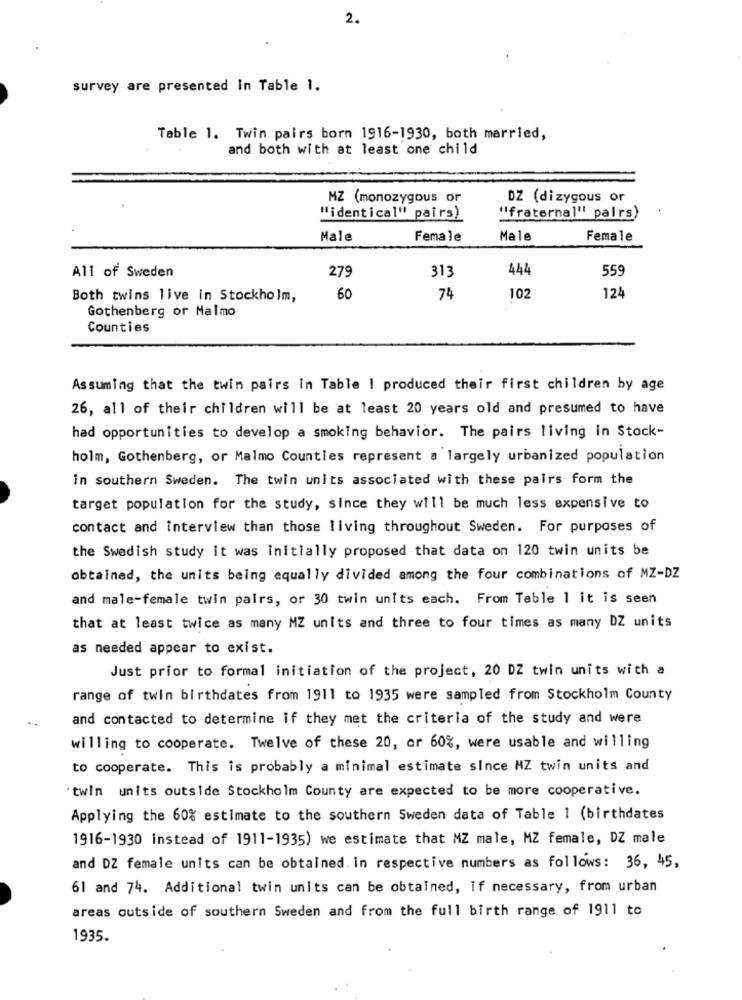
2.
survey are presented In Table 1.
Table 1. Twin pairs born 1916-1930, both married,
and both with at least one child
MZ (monozygous or
DZ (dizygous or
"identical" pairs)
"fraternal" pairs)
Male
Female
Male
Female
All of Sweden
279
313
444
559
124
Both twins live in Stockholm,
60
74
102
Gothenberg or Malmo
Counties
Assuming that the twin pairs in Table | produced their first children by age
26, all of their children will be at least 20 years old and presumed to have
had opportunities to develop a smoking behavior. The pairs living in Stock-
holm, Gothenberg, or Malmo Counties represent a largely urbanized population
in southern Sweden. The twin units associated with these pairs form the
target population for the study, since they will be much less expensive to
contact and interview than those living throughout Sweden. For purposes of
the Swedish study it was initially proposed that data on 120 twin units be
obtained, the units being equally divided among the four combinations of MZ-DZ
and male-female twin pairs, or 30 twin units each. From Table 1 it is seen
that at least twice as many MZ units and three to four times as many DZ units
as needed appear to exist.
Just prior to formal initiation of the project, 20 DZ twin units with a
range of twin birthdates from 1911 to 1935 were sampled from Stockholm County
and contacted to determine if they met the criteria of the study and were
willing to cooperate. Twelve of these 20, or 60%, were usable and willing
to cooperate. This is probably a minimal estimate since MZ twin units and
'twin units outside Stockholm County are expected to be more cooperative.
Applying the 60% estimate to the southern Sweden data of Table 1 (birthdates
1916-1930 instead of 1911-1935) we estimate that MZ male, MZ female, DZ male
and DZ female units can be obtained. in respective numbers as follows: 36, 45,
61 and 74. Additional twin units can be obtained, if necessary, from urban
areas outside of southern Sweden and from the full birth range of 1911 to
1935